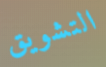
التشويق